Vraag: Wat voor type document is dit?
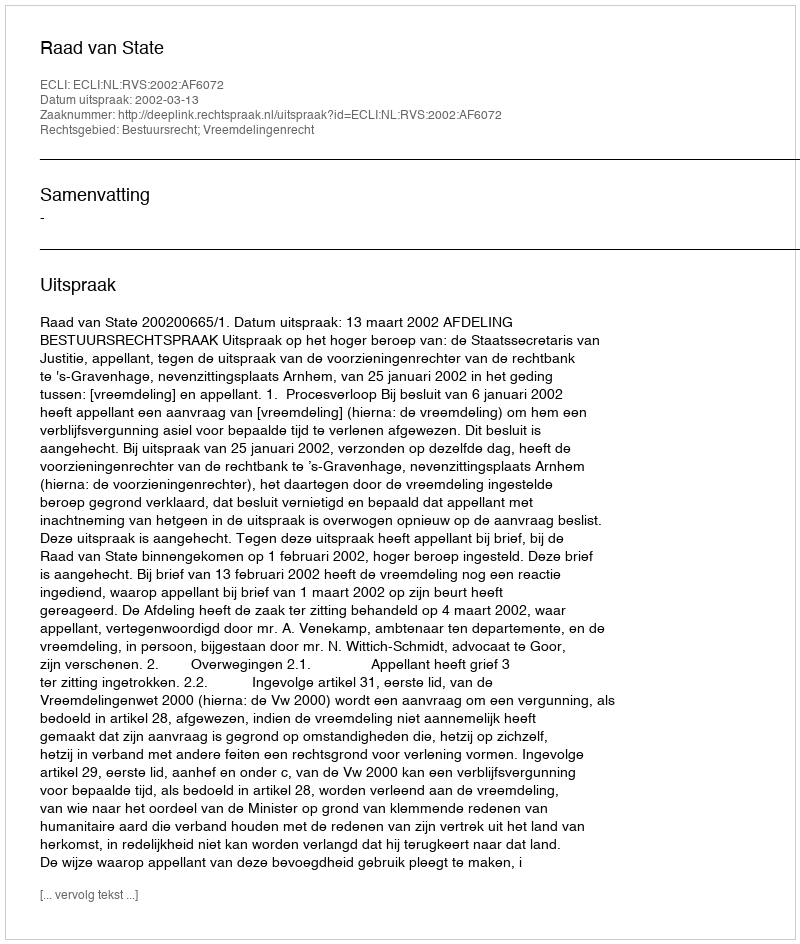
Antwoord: Uitspraak